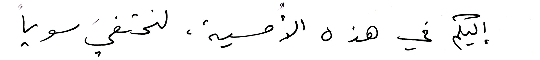
إليكم في هذه الأُمسية، لنحتفيَ سوياً